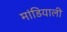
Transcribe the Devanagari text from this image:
मांडियाली